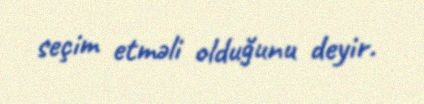
seçim etməli olduğunu deyir.